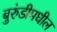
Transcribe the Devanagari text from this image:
बुरुंडीमधील